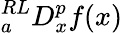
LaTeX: {}_{a}^{RL}D_{x}^{p}f(x)